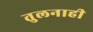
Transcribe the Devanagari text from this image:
तुलनाही